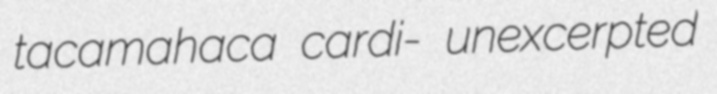
tacamahaca cardi- unexcerpted